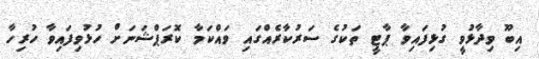
އިބޫ ވިދާޅުވީ ގުޅިފައިވާ ޕާޓީ ތަކުގެ ސަރުކާރެއްގައި ވައްކަމާ ކޮރަޕްޝަނަށް ހުޅުވިފައިވާ ހުރިހާ